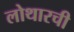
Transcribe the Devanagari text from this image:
लोथारची